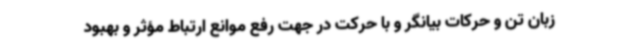
زبان تن و حرکات بیانگر و با حرکت در جهت رفع موانع ارتباط مؤثر و بهبود